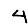
Digit: 4